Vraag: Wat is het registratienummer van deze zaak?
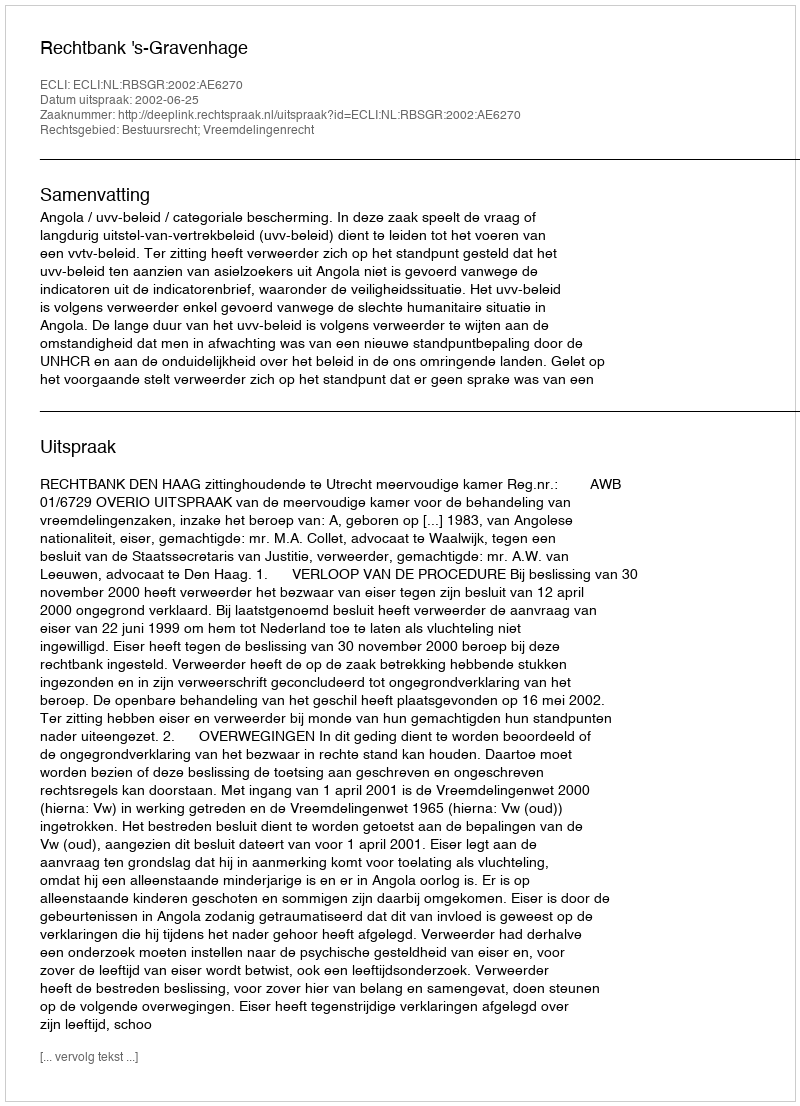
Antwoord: http://deeplink.rechtspraak.nl/uitspraak?id=ECLI:NL:RBSGR:2002:AE6270